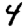
Digit: 4